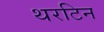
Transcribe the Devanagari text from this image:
थरटिन